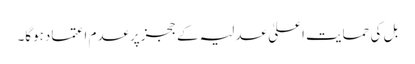
بل کی حمایت اعلیٰ عدلیہ کے ججزپرعدم اعتمادہوگا۔